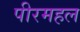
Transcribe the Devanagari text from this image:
पीरमहल